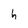
Character: h